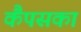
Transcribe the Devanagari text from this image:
कैंपसका